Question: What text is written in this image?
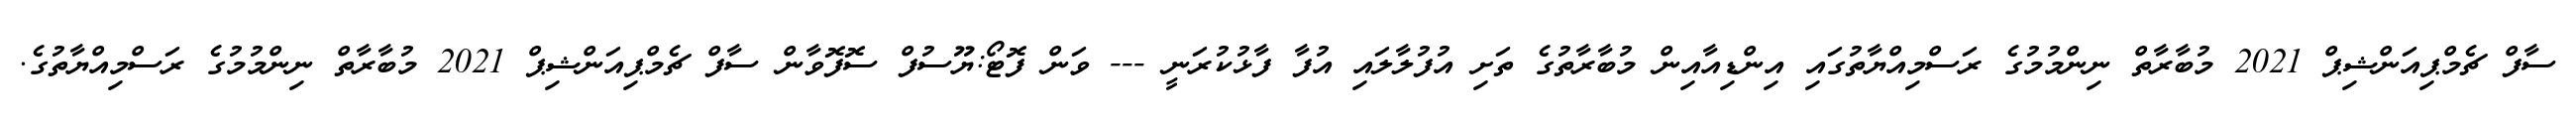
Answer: ސާފް ޗެމްޕިއަންޝިޕް 2021 މުބާރާތް ނިންމުމުގެ ރަސްމިއްޔާތުގައި އިންޑިއާއިން މުބާރާތުގެ ތަށި އުފުލާލައި އުފާ ފާޅުކުރަނީ --- ވަން ފޮޓޯ:ޔޫސުފް ސޮފޮވާން ސާފް ޗެމްޕިއަންޝިޕް 2021 މުބާރާތް ނިންމުމުގެ ރަސްމިއްޔާތުގެ.